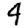
Digit: 4